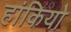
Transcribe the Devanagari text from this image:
हांकियो